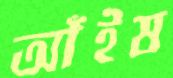
আঁইষ